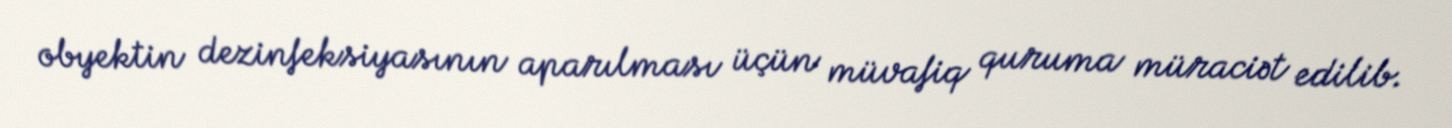
obyektin dezinfeksiyasının aparılması üçün müvafiq quruma müraciət edilib.